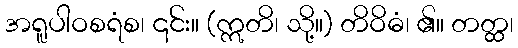
အရူပါဝစရံစ၊ ၎င်း။ (ဣတိ၊ သို့။) တိဝိဓံ၊ ၏။ တတ္ထ၊